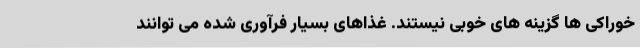
خوراکی ها گزینه های خوبی نیستند. غذاهای بسیار فرآوری شده می توانند